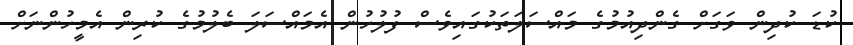
ކުޑަ ކުދިން ވަގަށް ގެންދިއުމުގެ މައްސަލަތަކުގައިވެސް ފުލުހުން އެމައްސަލަ ބެލުމުގެ ކުރިން އެމީހުންނަށް